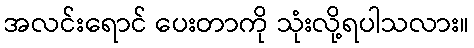
အလင်းရောင် ပေးတာကို သုံးလို့ရပါသလား။